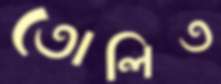
তোলিত